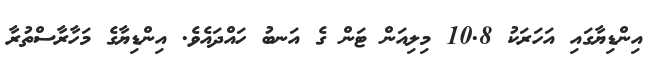
އިންޑިޔާގައި އަހަރަކު 10.8 މިލިއަން ޓަން ގެ އަނބު ހައްދައެވެ. އިންޑިޔާގެ މަހާރާސްތުރާ